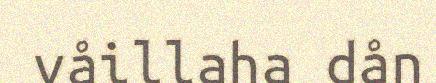
våillaha dån